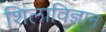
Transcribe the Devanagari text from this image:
शिलाविज्ञान